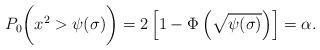
LaTeX: \begin{align*}P_0\bigg(x^2>\psi(\sigma)\bigg) = 2\left[1-\Phi\left(\sqrt{\psi(\sigma)}\right)\right]=\alpha.\end{align*}